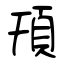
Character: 頇